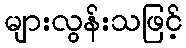
များလွန်းသဖြင့်